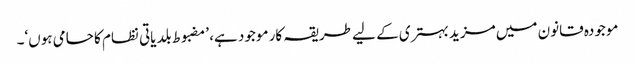
موجودہ قانون میں مزید بہتری کے لیے طریقہ کار موجود ہے، ’مضبوط بلدیاتی نظام کا حامی ہوں‘۔